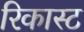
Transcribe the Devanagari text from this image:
रिकास्ट